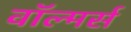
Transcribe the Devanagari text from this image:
वॉल्मर्स